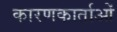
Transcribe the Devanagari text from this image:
कारणकार्ताओं